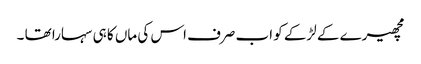
مچھیرے کے لڑکے کو اب صرف اس کی ماں کا ہی سہارا تھا ۔